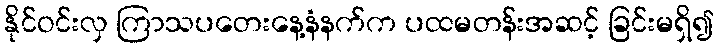
နိုင်ဝင်းလှ ကြာသပတေးနေ့နံနက်က ပထမတန်းအဆင့် ခြင်းမရှိ၍